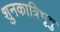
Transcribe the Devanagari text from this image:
शुनकात्रिभृगु